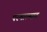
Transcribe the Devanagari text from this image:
परमात्म्यात